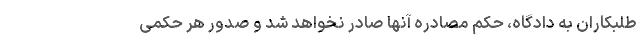
طلبکاران به دادگاه، حکم مصادره آنها صادر نخواهد شد و صدور هر حکمی‌